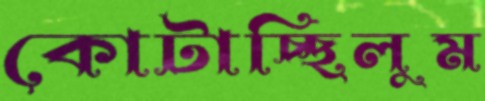
কোটাচ্ছিলুম